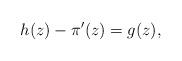
LaTeX: \begin{align*} h(z) - \pi'(z) = g(z), \end{align*}